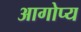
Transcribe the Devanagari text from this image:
आगोप्य